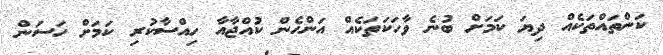
ކަންތައްތަކެއް ދިޔަ ކަމަށް ބުނެ ވާހަކަތަކެއް އަންހެން ކުއްޖާއާ ހިއްސާކުރި ކަމަށް ހަސަން